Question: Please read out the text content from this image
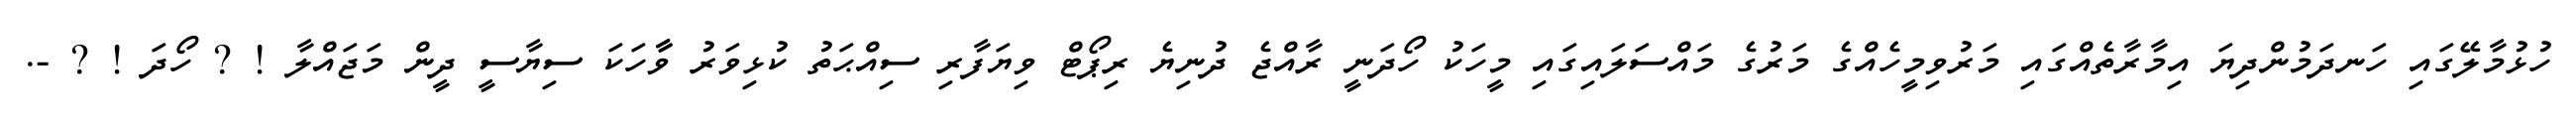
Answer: ހުޅުމާލޭގައި ހަނދަމުންދިޔަ އިމާރާތެއްގައި މަރުވިމީހެއްގެ މަރުގެ މައްސަލައިގައި މީހަކު ހޯދަނީ ރާއްޖެ ދުނިޔެ ރިޕޯޓް ވިޔަފާރި ސިއްޙަތު ކުޅިވަރު ވާާހަކަ ސިޔާސީ ދީން މަޖައްލާ ! ? ހޯދަ ! ? -.